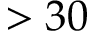
> 3 0